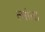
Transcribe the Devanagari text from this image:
त्यांऩा